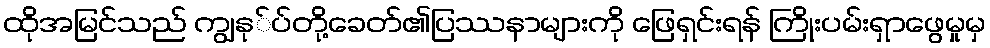
ထိုအမြင်သည် ကျွနု်ပ်တို့ခေတ်၏ပြဿနာများကို ဖြေရှင်းရန် ကြိုးပမ်းရှာဖွေမှုမှ